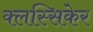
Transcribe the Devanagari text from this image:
क्लस्सिकेर